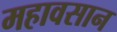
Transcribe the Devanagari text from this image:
महावसान